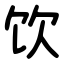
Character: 饮